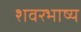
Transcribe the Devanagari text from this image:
शवरभाष्य